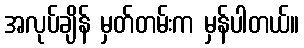
အလုပ်ချိန် မှတ်တမ်းက မှန်ပါတယ်။